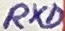
Text: RXD